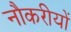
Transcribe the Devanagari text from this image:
नौकरीयों